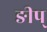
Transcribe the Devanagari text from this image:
ङीप्